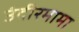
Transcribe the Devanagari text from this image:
उंदीरमामा